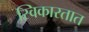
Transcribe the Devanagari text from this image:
स्विकारतात